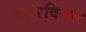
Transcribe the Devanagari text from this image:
प्योरविजन